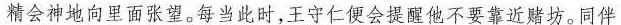
精会神地向里面张望。每当此时，王守仁便会提醒他不要靠近赌坊。同伴